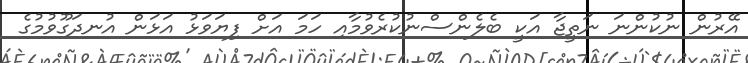
އޭރުން ނުކުންނަ ނަތީޖާ އަކީ ބެލެންސްނުކުރެވުމާއި ހަމަ އަށް ފިޔަވަޅު އަޅަން އުނދަގޫވުމުގެ